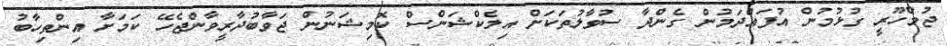
ޖުމްހޫރީ ގުޅުމުން އުފައްދަމުން ގެންދާ ސުވާލުތަކަށް އިލެކްޝަންސް ކޮމިޝަނުން ޖަވާބުދާރީވާންޖެހޭ ކަމަށާ އިންތިހާބު